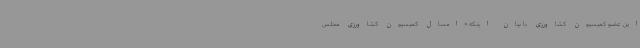
این عضو کمیسیون کشاورزی با بیان اینکه «امسال کمیسیون کشاورزی مجلس